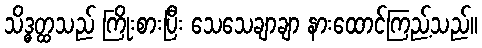
သိဒ္ဓတ္ထသည် ကြိုးစားပြီး သေသေချာချာ နားထောင်ကြည့်သည်။